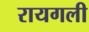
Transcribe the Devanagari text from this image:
रायगली